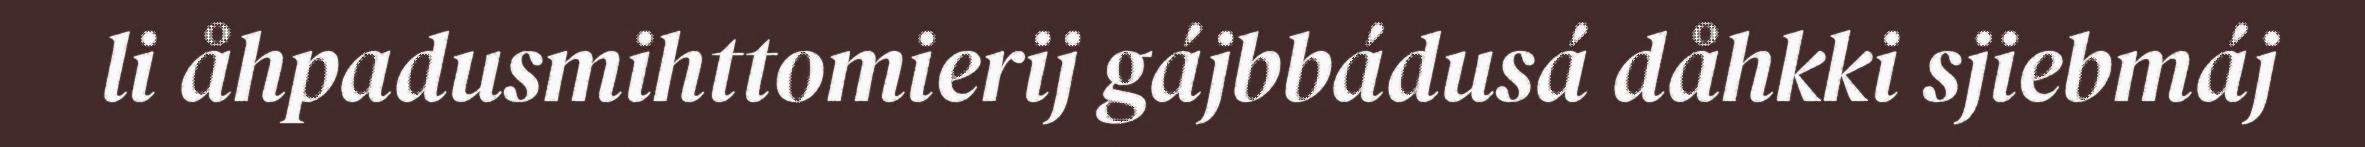
li åhpadusmihttomierij gájbbádusá dåhkki sjiebmáj